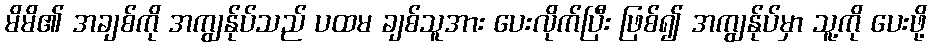
မိမိ၏ အချစ်ကို အကျွန်ုပ်သည် ပထမ ချစ်သူအား ပေးလိုက်ပြီး ဖြစ်၍ အကျွန်ုပ်မှာ သူ့ကို ပေးဖို့